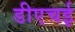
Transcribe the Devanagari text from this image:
डीएचई